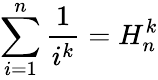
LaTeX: \sum_{i=1}^{n}{\frac{1}{i^{k}}}=H_{n}^{k}